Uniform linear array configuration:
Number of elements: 16
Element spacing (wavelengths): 1
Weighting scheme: hann
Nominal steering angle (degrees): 15
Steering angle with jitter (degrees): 13.824
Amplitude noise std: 0.05
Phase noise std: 0.05

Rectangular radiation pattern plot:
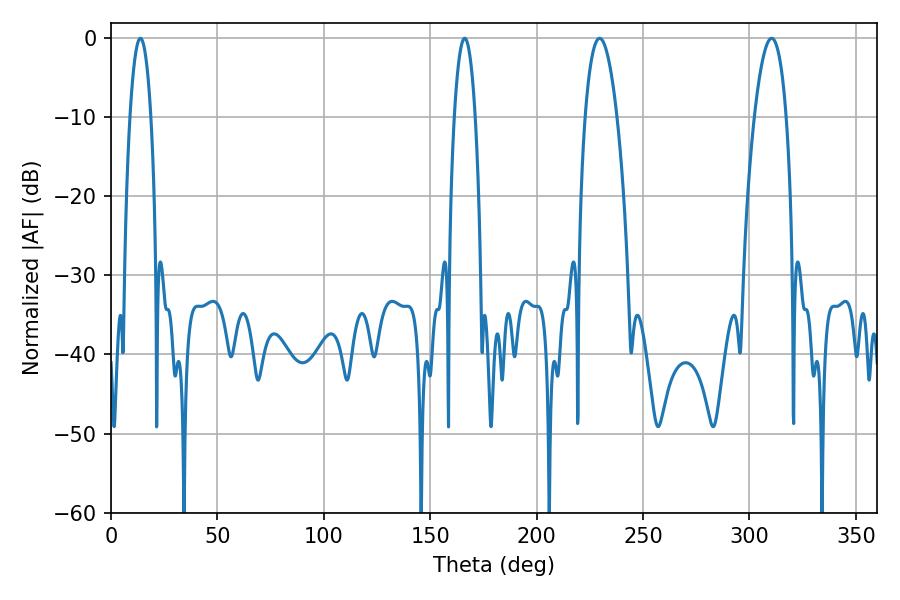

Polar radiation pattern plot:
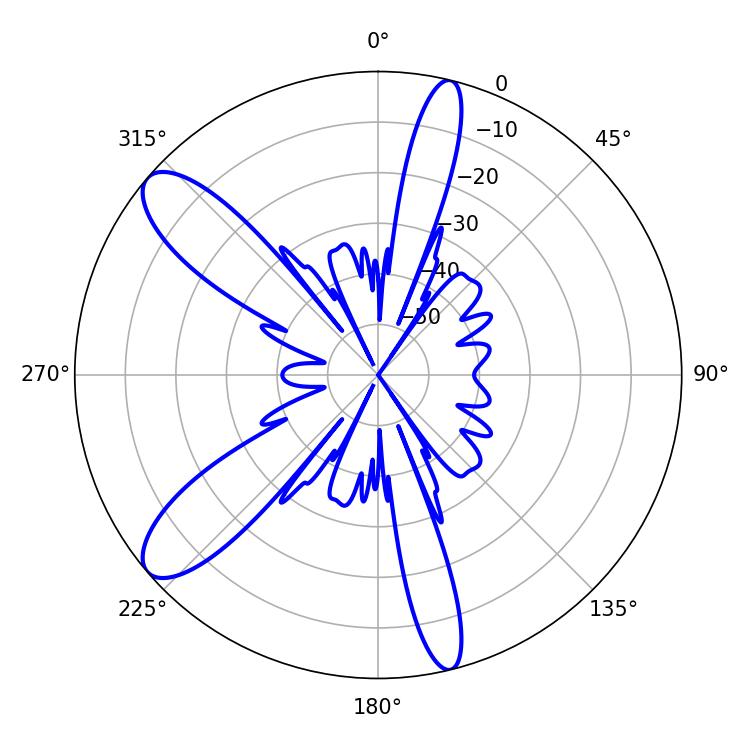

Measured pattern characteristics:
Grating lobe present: TRUE
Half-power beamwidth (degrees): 5.4
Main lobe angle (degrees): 13.86